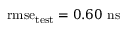
\mathrm { r m s e } _ { \mathrm { t e s t } } = 0 . 6 0 ~ \mathrm { n s }